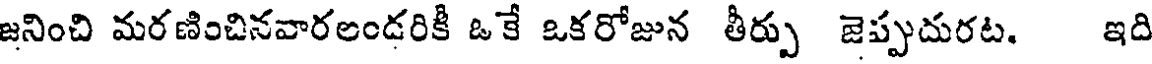
జనించి మరణించినవారలండరికీ ఒకే ఒకరోజున తీర్పు జెప్పుదురట. ఇది